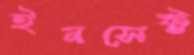
ইনসেক্ট